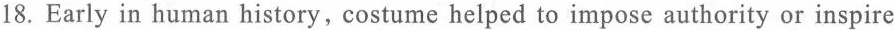
18. Early in human history, costume helped to impose authority or inspire